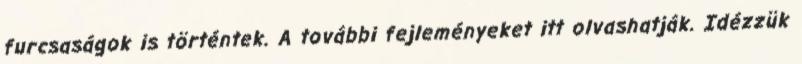
furcsaságok is történtek. A további fejleményeket itt olvashatják. Idézzük